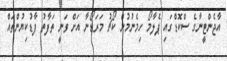
އާޖެންޓީނާގެ ސްކޮޑްގައި ޕެލާމޯ ހިމެނުމުން ކޯޗު މަރަޑޯނާ އަށް ވަނީ ތަފާތު ފާޑުކިޔުންތައް